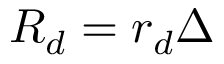
R _ { d } = r _ { d } \Delta